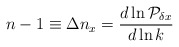
\begin{align*}n-1 \equiv \Delta n_x = {d\ln{\cal P}_{\delta x} \over d\ln k}\end{align*}